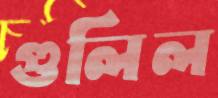
গুলিল